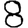
Digit: 8